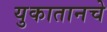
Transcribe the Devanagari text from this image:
युकातानचे